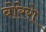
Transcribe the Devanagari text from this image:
बोरेरो